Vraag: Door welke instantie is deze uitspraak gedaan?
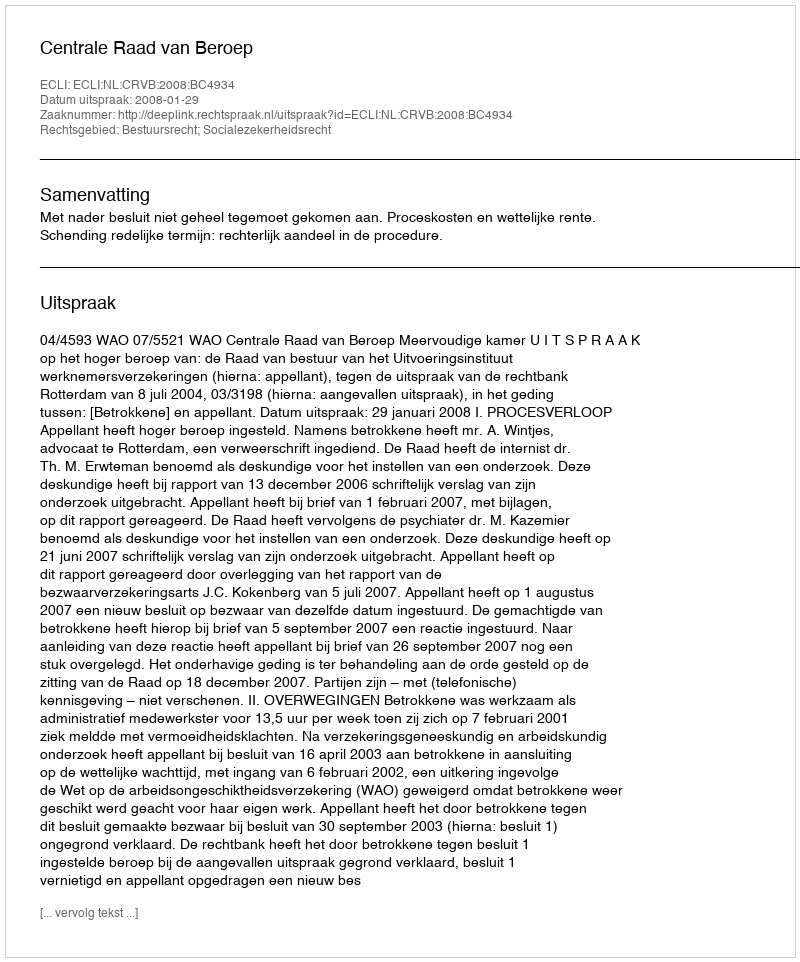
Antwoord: Centrale Raad van Beroep